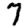
Digit: 7